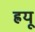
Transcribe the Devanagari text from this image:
ह्रयू